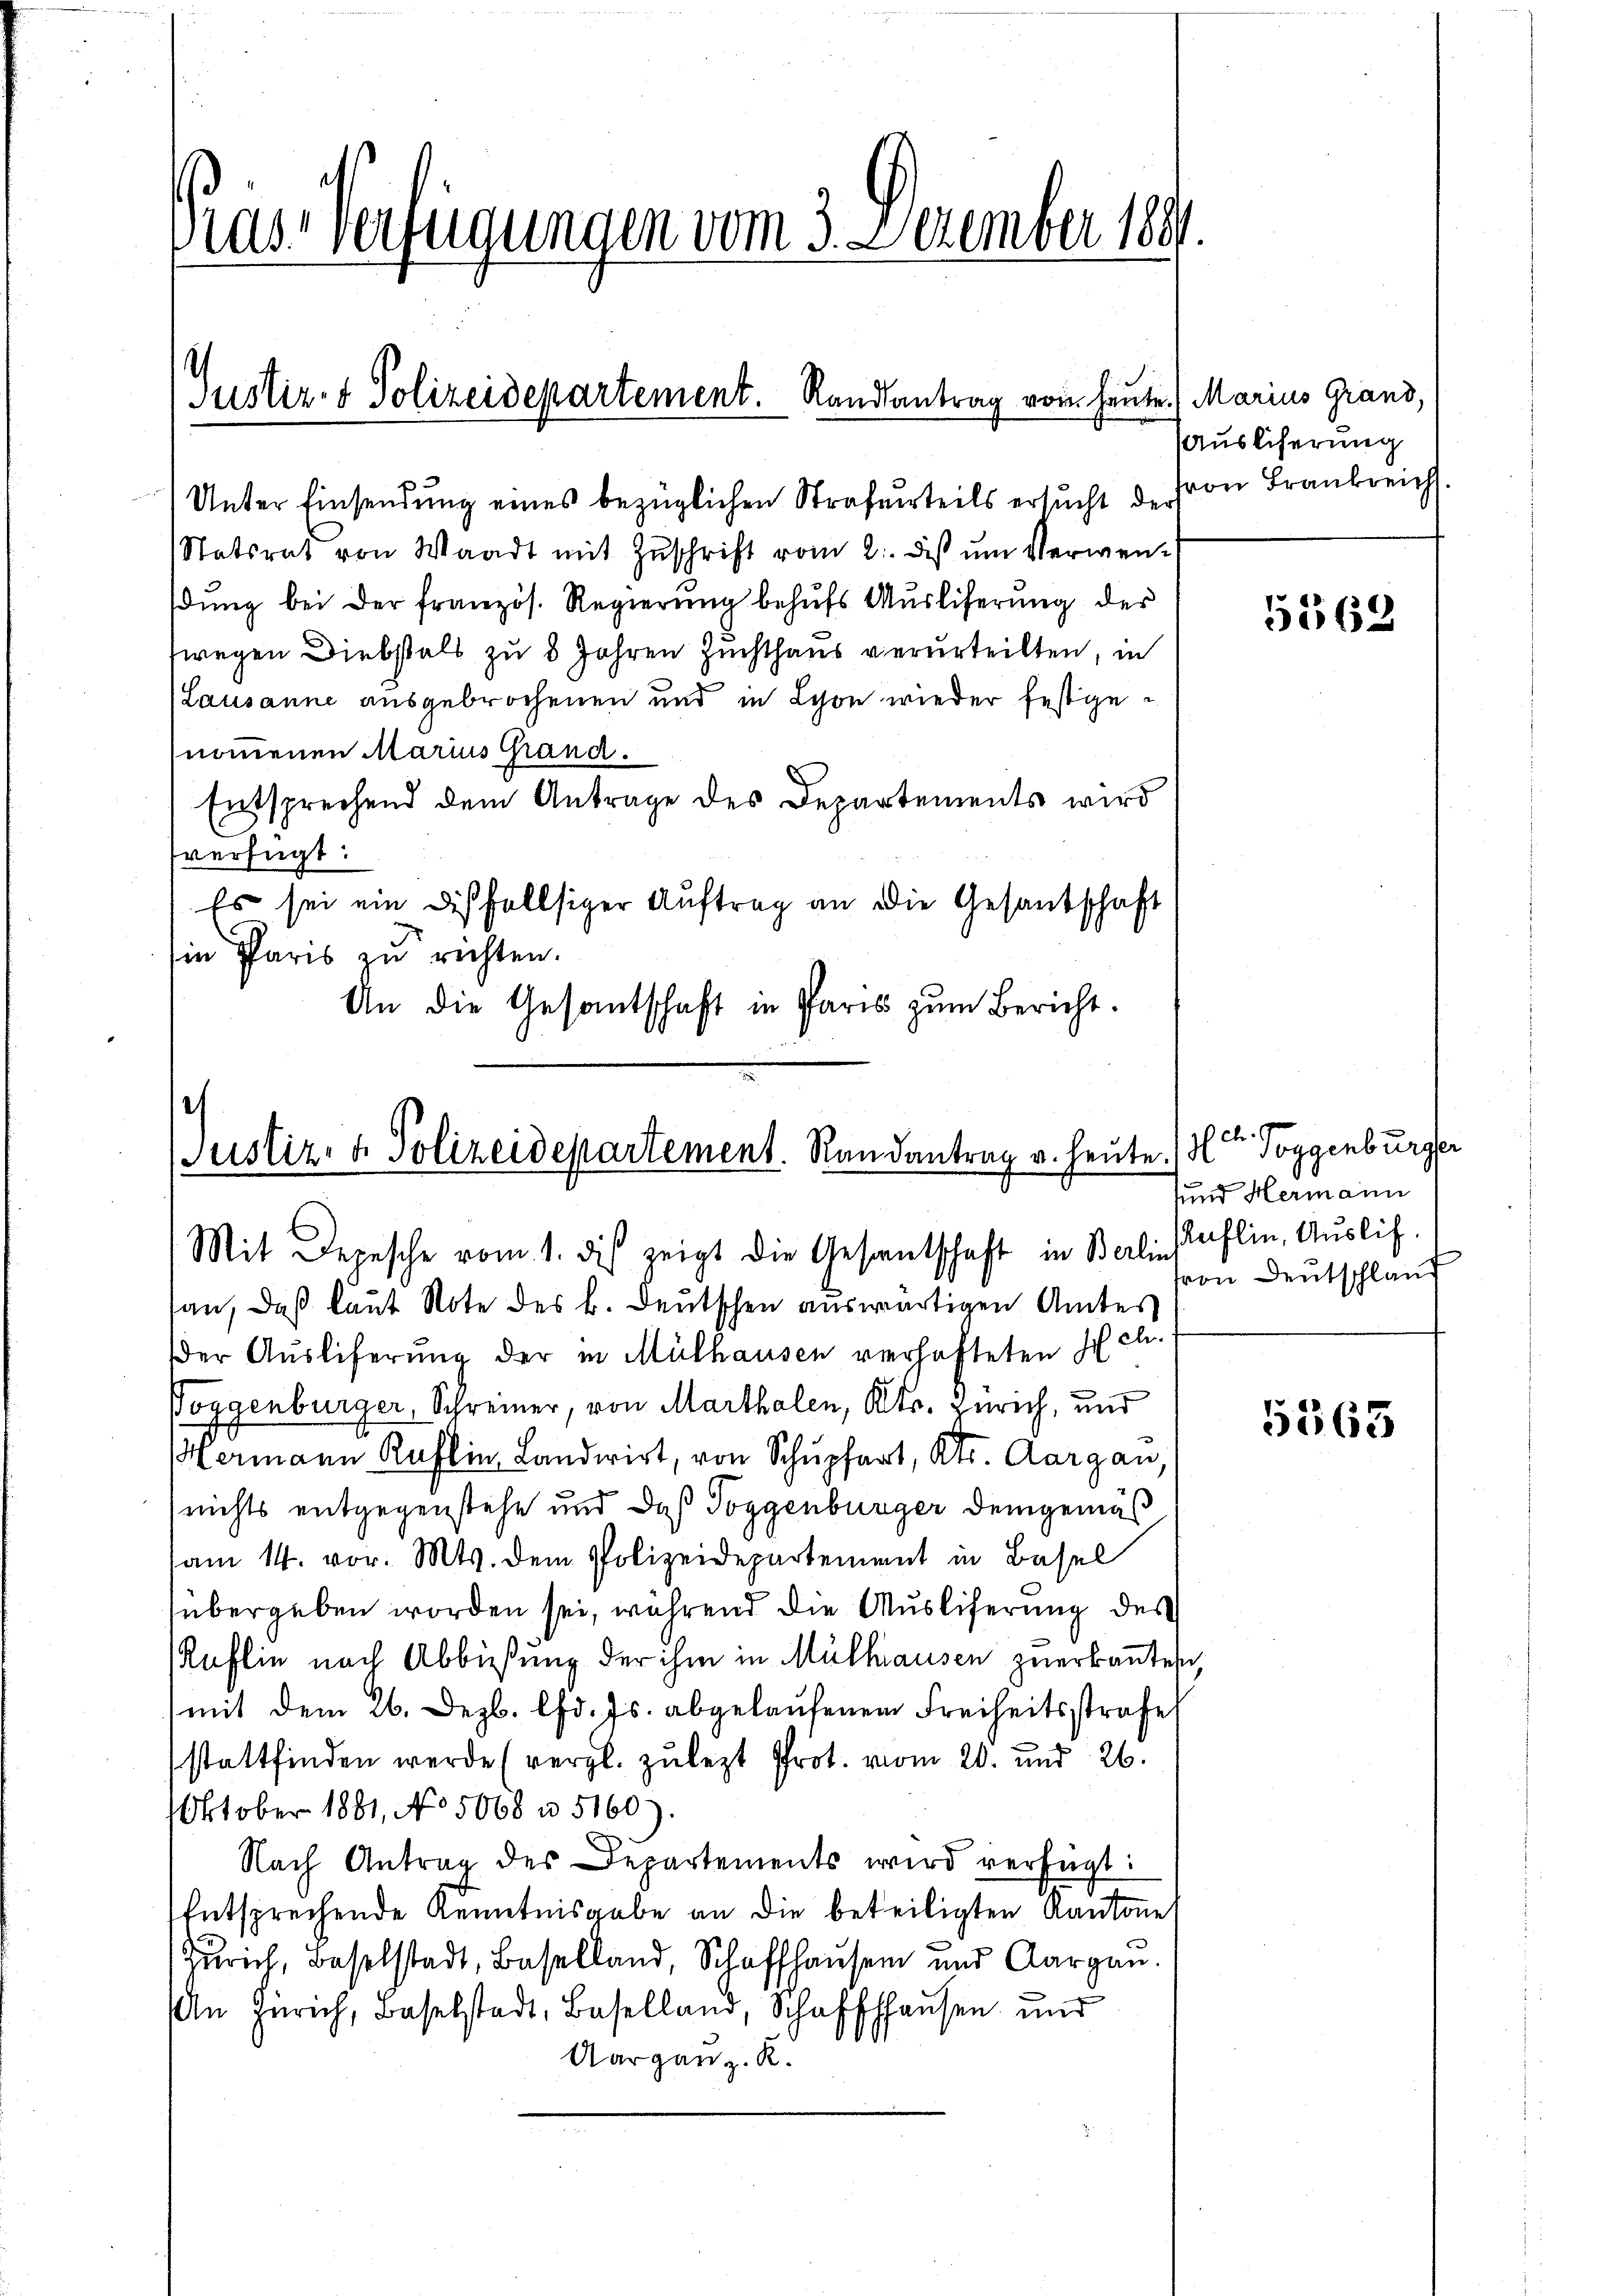
Prus-Verfügungen vom 3. Dezember 1891.

Justiz- & Polizeidepartement. Randsantrag vom heute. Marius Grand,

Unter Einsendung eines bezüglichen Strafurteils ersucht der
Statsrat von Waadt mit Zŭschrift vom 2. ds ŭm Verwendung bei der französ. Regierung behŭfs Ausliferung der
wegen Diebstals zu 8 Jahren Zuchthaus verurteilten, in
Lausanne ausgebrochenen und in Schon wieder festgenommenen Marius Grand.
Entsprechend dem Antrage des Departements wird
verfügt:
Es sei ein diesfallsiger Auftrag an die Gesandschaft
in Paris zu richten.
An die Gesantschaft in Paris zŭm Bericht.

e
Justiz- & Polizeidepartement. Randantrag v. heute.
Mit Depesche vom 1. dis zeigt die Gesandtschaft in Berlin reflin, Auslich.

san, daß laut Note des k. Deutschen auswärtigen Amtes
der Auslieferung der in Mülhausen verhafteten Hch.
Poggenburger, Schreiner, von Marthalen, Kts. Zürich, und
Hermann Raflin, Landwirt, von Schupfart, Kts. Aargau
nichts entgegenstehe und daß Toggenburger demgemäß
am 14. vor. Mts. dem Polizeidepartement in Basel
übergeben worden sei, während die Ausliferung des
Kaflin nach Abbüßung der ihm in Mülhausen zuerkannten,
(mit dem 26. Dezb. lfd. Js. abgelaufenen Freiheitsstrafe
stattfinden werde (vergl. zulezt Prot. vom 20. und 26.
Oktober 1881, No 5068 u. 5160).
Nach Antrag des Departements wird verfügt:
Entsprechende Kenntnisgabe an die beteiligten Kantone
Zürich, Baselstadt, Baselland, Schaffhausen und Aargau.
An Zürich, Baselstadt, Baselland, Schaffhausen und
Aarganz. R.

Auslieferung
von Frankreich

5568

1. Toggenburger
sund Hermann
von Deutschland

5563